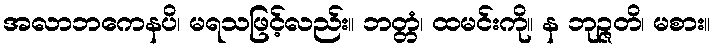
အလာဘကေနပိ၊ မရသဖြင့်လည်း။ ဘတ္တံ၊ ထမင်းကို။ န ဘုဉ္ဇတိ၊ မစား။